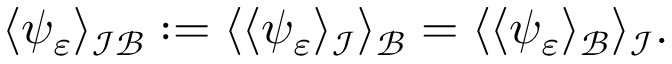
\begin{array} { r } { \langle \psi _ { \varepsilon } \rangle _ { \mathcal { I B } } : = \langle \langle \psi _ { \varepsilon } \rangle _ { \mathcal I } \rangle _ { \mathcal B } = \langle \langle \psi _ { \varepsilon } \rangle _ { \mathcal B } \rangle _ { \mathcal I } . } \end{array}